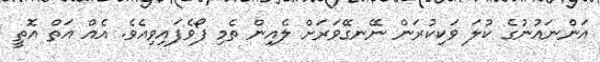
އަންނައުނުގެ ކުލަ ވަކިކުރަން ނޭނގޭވަރަށް ލެއިން ތެމި ފޯވެފައިވިއެވެ. އެއް އަތް އޮތީ